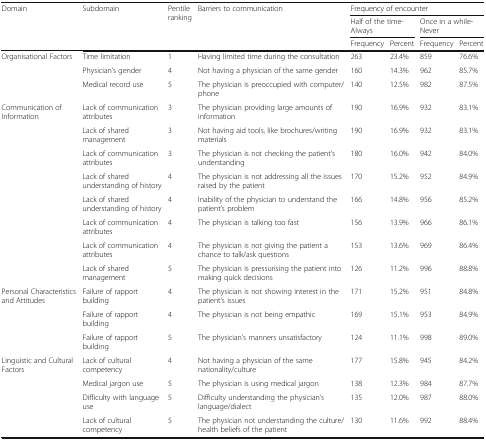
<table><thead><tr><td rowspan="3"><b>Domain</b></td><td rowspan="3"><b>Subdomain</b></td><td rowspan="3"><b>Pentile ranking</b></td><td rowspan="3"><b>Barriers to communication</b></td><td colspan="4"><b>Frequency of encounter</b></td></tr><tr><td colspan="2"><b>Half of the time- Always</b></td><td colspan="2"><b>Once in a while- Never</b></td></tr><tr><td><b>Frequency</b></td><td><b>Percent</b></td><td><b>Frequency</b></td><td><b>Percent</b></td></tr></thead><tbody><tr><td rowspan="3">Organisational Factors</td><td>Time limitation</td><td>1</td><td>Having limited time during the consultation</td><td>263</td><td>23.4%</td><td>859</td><td>76.6%</td></tr><tr><td>Physician’s gender</td><td>4</td><td>Not having a physician of the same gender</td><td>160</td><td>14.3%</td><td>962</td><td>85.7%</td></tr><tr><td>Medical record use</td><td>5</td><td>The physician is preoccupied with computer/phone</td><td>140</td><td>12.5%</td><td>982</td><td>87.5%</td></tr><tr><td rowspan="8">Communication of Information</td><td>Lack of communication attributes</td><td>3</td><td>The physician providing large amounts of information</td><td>190</td><td>16.9%</td><td>932</td><td>83.1%</td></tr><tr><td>Lack of shared management</td><td>3</td><td>Not having aid tools, like brochures/writing materials</td><td>190</td><td>16.9%</td><td>932</td><td>83.1%</td></tr><tr><td>Lack of communication attributes</td><td>3</td><td>The physician is not checking the patient’s understanding</td><td>180</td><td>16.0%</td><td>942</td><td>84.0%</td></tr><tr><td>Lack of shared understanding of history</td><td>4</td><td>The physician is not addressing all the issues raised by the patient</td><td>170</td><td>15.2%</td><td>952</td><td>84.9%</td></tr><tr><td>Lack of shared understanding of history</td><td>4</td><td>Inability of the physician to understand the patient’s problem</td><td>166</td><td>14.8%</td><td>956</td><td>85.2%</td></tr><tr><td>Lack of communication attributes</td><td>4</td><td>The physician is talking too fast</td><td>156</td><td>13.9%</td><td>966</td><td>86.1%</td></tr><tr><td>Lack of communication attributes</td><td>4</td><td>The physician is not giving the patient a chance to talk/ask questions</td><td>153</td><td>13.6%</td><td>969</td><td>86.4%</td></tr><tr><td>Lack of shared management</td><td>5</td><td>The physician is pressurising the patient into making quick decisions</td><td>126</td><td>11.2%</td><td>996</td><td>88.8%</td></tr><tr><td rowspan="3">Personal Characteristics and Attitudes</td><td>Failure of rapport building</td><td>4</td><td>The physician is not showing interest in the patient’s issues</td><td>171</td><td>15.2%</td><td>951</td><td>84.8%</td></tr><tr><td>Failure of rapport building</td><td>4</td><td>The physician is not being empathic</td><td>169</td><td>15.1%</td><td>953</td><td>84.9%</td></tr><tr><td>Failure of rapport building</td><td>5</td><td>The physician’s manners unsatisfactory</td><td>124</td><td>11.1%</td><td>998</td><td>89.0%</td></tr><tr><td rowspan="4">Linguistic and Cultural Factors</td><td>Lack of cultural competency</td><td>4</td><td>Not having a physician of the same nationality/culture</td><td>177</td><td>15.8%</td><td>945</td><td>84.2%</td></tr><tr><td>Medical jargon use</td><td>5</td><td>The physician is using medical jargon</td><td>138</td><td>12.3%</td><td>984</td><td>87.7%</td></tr><tr><td>Difficulty with language use</td><td>5</td><td>Difficulty understanding the physician’s language/dialect</td><td>135</td><td>12.0%</td><td>987</td><td>88.0%</td></tr><tr><td>Lack of cultural competency</td><td>5</td><td>The physician not understanding the culture/health beliefs of the patient</td><td>130</td><td>11.6%</td><td>992</td><td>88.4%</td></tr></tbody></table>